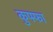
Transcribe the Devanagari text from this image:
कुफ्फा